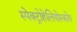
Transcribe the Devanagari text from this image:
स्पेक्ट्रोहेलियोस्कोप